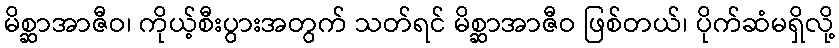
မိစ္ဆာအာဇီဝ၊ ကိုယ့်စီးပွားအတွက် သတ်ရင် မိစ္ဆာအာဇီဝ ဖြစ်တယ်၊ ပိုက်ဆံမရှိလို့